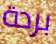
بردة